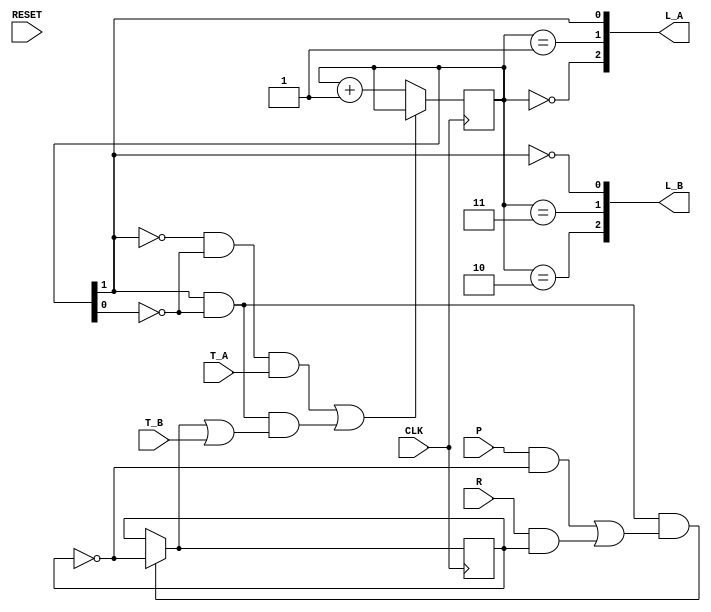
`timescale 1ns / 1ps
//////////////////////////////////////////////////////////////////////////////////
// Company: 
// Engineer: 
// 
// Design Name: 
// Module Name:    TC_Parade 
// Project Name: 
// Target Devices: 
// Tool versions: 
// Description: 
//
// Dependencies: 
//
// Revision: 
// Revision 0.01 - File Created
// Additional Comments: 
//
//////////////////////////////////////////////////////////////////////////////////
module TC_Parade(
  input wire CLK,
  input wire RESET,
  input wire P, R,
  input wire T_A, T_B,
  output wire[2:0] L_A,
  output wire[2:0] L_B
);

  // Inner FSM variables
  reg mode;       // Parade mode
  reg[1:0] state; // Light state
  
  // Initialization
  initial begin
    // Init: parade mode begins with false
    mode = 1'b0;
    
    // Init: light state begins with S0
    state = 2'b00;
  end
  
  // Lights display logic
  assign L_A[2] = (state == 2'b00);   // A:Green
  assign L_A[1] = (state == 2'b01);   // A:Yellow
  assign L_A[0] = (state[1] == 1'b1); // A:Red
  assign L_B[2] = (state == 2'b10);   // B:Green
  assign L_B[1] = (state == 2'b11);   // B:Yellow
  assign L_B[0] = (state[1] == 1'b0); // B:Red
  
  // Runtime features
  always@(posedge CLK) begin
    // Parade mode FSM
    if(state[1] & !state[0] & ((P&!mode)|(R&mode))) mode = !mode;
    
    // Lights FSM
    if( !(( !state[1]&!state[0]&T_A ) | ( state[1]&!state[0]&(mode|T_B) )) ) state = state + 2'b01;
  end

endmodule